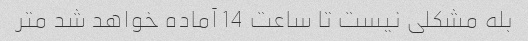
بله مشکلی نیست تا ساعت 14 آماده خواهد شد متر